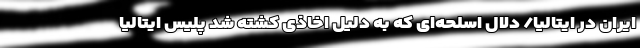
ایران در ایتالیا/ دلال اسلحه‌ای که به دلیل اخاذی کشته شد پلیس ایتالیا